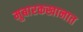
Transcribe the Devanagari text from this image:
मुबारकखानात